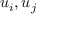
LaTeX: u _ { i } , u _ { j }